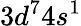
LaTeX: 3d^{7}4s^{1}